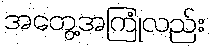
အတွေ့အကြုံလည်း